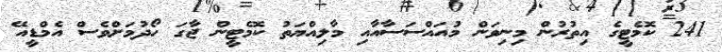
241 ކޮމެޓީގެ އިތުރުން މިނިވަން މުއައްސަސާއާއި މާލިއްޔަތު ކޮމެޓީން ޖާގަ ހޯދުމަށްވެސް އެމްޑީއޭ